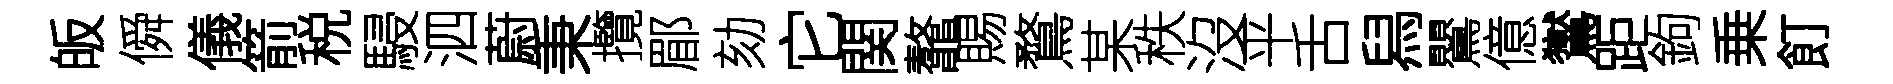
皈僢儀箭税駸泗蔚秉攬郿劾它関鼇賜鶩某秩沒平舌舄鸎億鸑距鉤乗飣